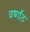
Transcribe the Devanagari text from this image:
वर्ष्गांठ